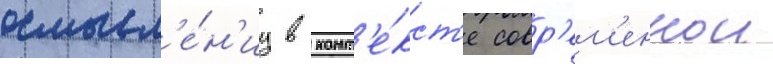
осмысл'е́н'иу в конт'е́кст'е совр'ем'еннои